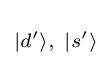
\scriptstyle {|d^{\prime }\rangle ,\ |s^{\prime }\rangle }